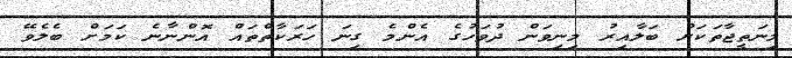
މިނަތީޖާތަކަށް ބަލާއިރު މިނިވަން ދުވަހުގެ އެންމެ ގިނަ ހަރަކާތްތައް އޮންނާނެ ކަމަށް ބެލެވޭ